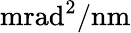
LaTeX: \mathrm{mrad}^{2}/\mathrm{nm}